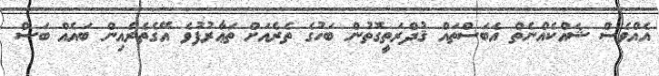
އެއްވެސް ޝައްކެއްނެތް އެބަސްތައް ޤުދްރަތީގޮތުން ބަހުގެ ތެރެއަށް ތަޢާރުފުވެ އޭގެތެރެއިން ބައެއް ބަސް